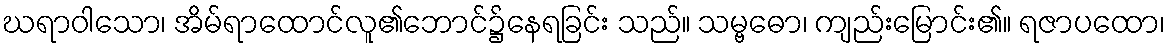
ဃရာဝါသော၊ အိမ်ရာထောင်လူ၏ဘောင်၌နေရခြင်း သည်။ သမ္ဗဓော၊ ကျည်းမြောင်း၏။ ရဇာပထော၊